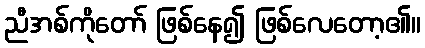
ညီအစ်ကိုတော် ဖြစ်နေ၍ ဖြစ်လေတော့၏။